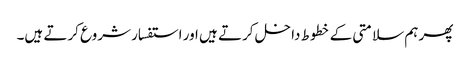
پھر ہم سلامتی کے خطوط داخل کرتے ہیں اور استفسار شروع کرتے ہیں۔